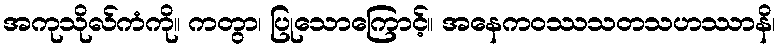
အကုသိုလ်ကံကို။ ကတွာ၊ ပြုသောကြောင့်။ အနေကဝဿသတသဟဿာနိ၊